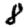
Digit: 8